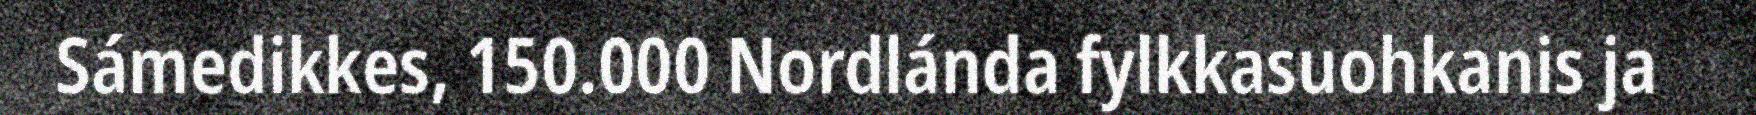
Sámedikkes, 150.000 Nordlánda fylkkasuohkanis ja